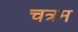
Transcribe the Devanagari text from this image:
चत्रम